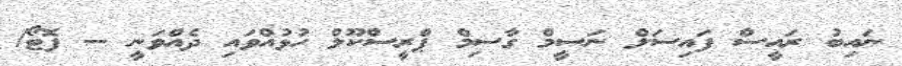
ނައިބު ރައީސް ފައިސަލް ނަސީމް ގާސިމް ޕްރީސްކޫލް ހުޅުއްވައި ދެއްވަނީ -- ފޮޓޯ/